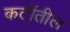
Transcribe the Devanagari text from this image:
कटींतील